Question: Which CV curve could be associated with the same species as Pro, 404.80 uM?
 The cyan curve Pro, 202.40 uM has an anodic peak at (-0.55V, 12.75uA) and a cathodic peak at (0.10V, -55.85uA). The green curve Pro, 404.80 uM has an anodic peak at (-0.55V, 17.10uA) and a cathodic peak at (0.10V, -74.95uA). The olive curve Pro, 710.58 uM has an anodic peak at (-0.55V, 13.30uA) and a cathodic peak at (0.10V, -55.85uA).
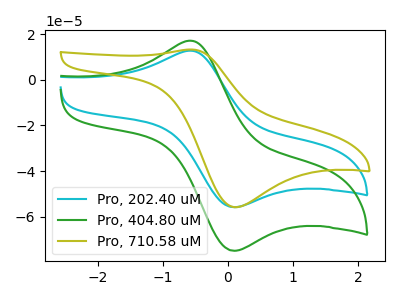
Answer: <think>All the peaks in "Pro, 202.40 uM" have a peak in "Pro, 404.80 uM" at the same potential. Every peak in "Pro, 202.40 uM" is lower than every peak in "Pro, 404.80 uM". All the peaks in "Pro, 202.40 uM" have a peak in "Pro, 710.58 uM" at the same potential. All the peaks in "Pro, 404.80 uM" have a peak in "Pro, 710.58 uM" at the same potential. Every peak in "Pro, 404.80 uM" is higher than every peak in "Pro, 710.58 uM".
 </think>
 <answer>"Pro, 404.80 uM" and "Pro, 710.58 uM" have a similar shape to "Pro, 202.40 uM".</answer>
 <eval>"Pro, 404.80 uM" "Pro, 710.58 uM"</eval>